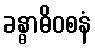
ခန္ဓာဓိဝစနံ